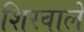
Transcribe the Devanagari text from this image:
शिरवाले